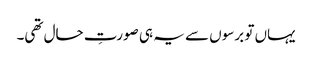
یہاں تو برسوں سے یہ ہی صورتِ حال تھی۔